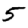
Digit: 5